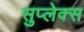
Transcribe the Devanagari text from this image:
सुप्लेक्स